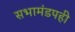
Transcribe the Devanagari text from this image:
सभामंडपही